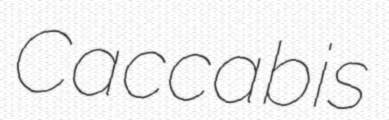
Caccabis